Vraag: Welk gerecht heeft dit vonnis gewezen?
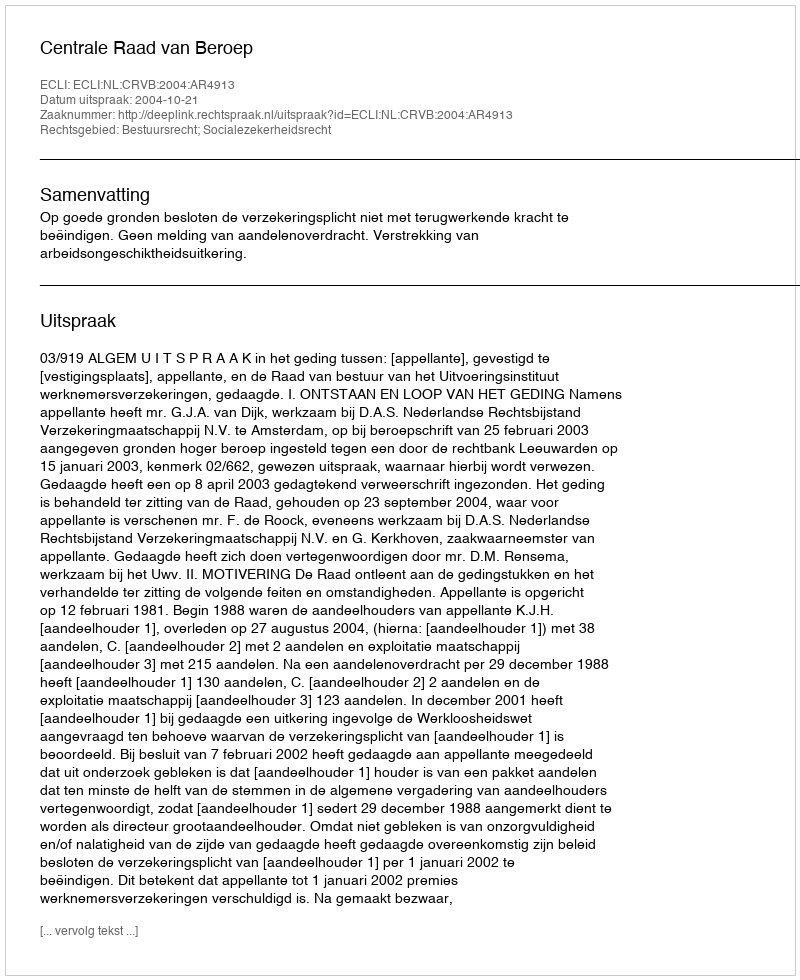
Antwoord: Centrale Raad van Beroep